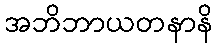
အဘိဘာယတနာနိ